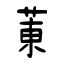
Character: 菄